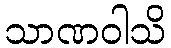
သာဏဝါသိ